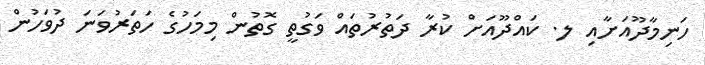
ހަނިމާދޫއަށާއި ލ. ކައްދޫއަށް ކުރާ ދަތުރުތައް ވަގުތީ ގޮތުން މިމަހުގެ ހަތަރުވަނަ ދުވަހުން